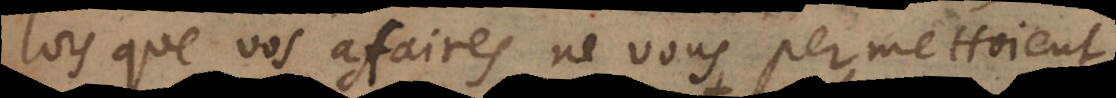
lors que vos affaires ne vous permettoient